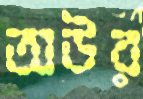
অউর